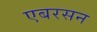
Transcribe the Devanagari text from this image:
एबरसन